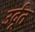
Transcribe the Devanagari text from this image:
उर्दूंत